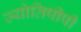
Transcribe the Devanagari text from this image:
ज्योतिषीपी